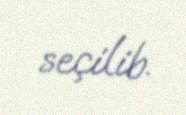
seçilib.